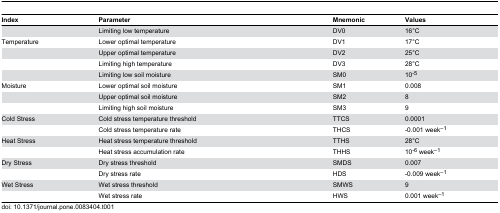
<table><thead><tr><td><b>Index</b></td><td><b>Parameter</b></td><td><b>Mnemonic</b></td><td><b>Values</b></td></tr></thead><tbody><tr><td></td><td>Limiting low temperature</td><td>DV0</td><td>16°C</td></tr><tr><td>Temperature</td><td>Lower optimal temperature</td><td>DV1</td><td>17°C</td></tr><tr><td></td><td>Upper optimal temperature</td><td>DV2</td><td>25°C</td></tr><tr><td></td><td>Limiting high temperature</td><td>DV3</td><td>28°C</td></tr><tr><td></td><td>Limiting low soil moisture</td><td>SM0</td><td>10<sup>-5</sup></td></tr><tr><td>Moisture</td><td>Lower optimal soil moisture</td><td>SM1</td><td>0.008</td></tr><tr><td></td><td>Upper optimal soil moisture</td><td>SM2</td><td>8</td></tr><tr><td></td><td>Limiting high soil moisture</td><td>SM3</td><td>9</td></tr><tr><td>Cold Stress</td><td>Cold stress temperature threshold</td><td>TTCS</td><td>0.0001</td></tr><tr><td></td><td>Cold stress temperature rate</td><td>THCS</td><td>-0.001 week<sup>–1</sup></td></tr><tr><td>Heat Stress</td><td>Heat stress temperature threshold</td><td>TTHS</td><td>28°C</td></tr><tr><td></td><td>Heat stress accumulation rate</td><td>THHS</td><td>10<sup>-6</sup> week<sup>–1</sup></td></tr><tr><td>Dry Stress</td><td>Dry stress threshold</td><td>SMDS</td><td>0.007</td></tr><tr><td></td><td>Dry stress rate</td><td>HDS</td><td>-0.009 week<sup>–1</sup></td></tr><tr><td>Wet Stress</td><td>Wet stress threshold</td><td>SMWS</td><td>9</td></tr><tr><td></td><td>Wet stress rate</td><td>HWS</td><td>0.001 week<sup>–1</sup></td></tr></tbody></table>